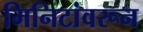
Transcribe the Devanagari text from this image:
मिनिटांवरून